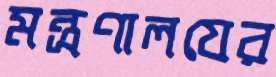
মন্ত্রণালযের